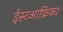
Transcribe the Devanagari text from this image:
ईस्टआफ्रिका